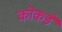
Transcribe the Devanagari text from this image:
कोकडे